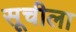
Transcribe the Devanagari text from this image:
सूचीला